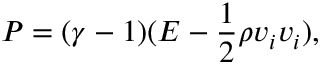
P = ( \gamma - 1 ) ( E - \frac { 1 } { 2 } \rho v _ { i } v _ { i } ) ,